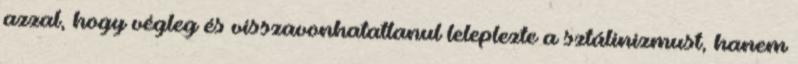
azzal, hogy végleg és visszavonhatatlanul leleplezte a sztálinizmust, hanem